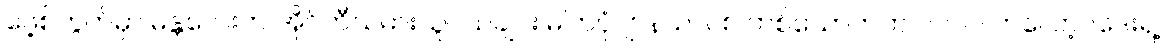
ဖေ့စ်ဘွတ်မှာ မန္တလေးက အိုင်တီသမားသူငယ်ချင်း ဓါတ်ပုံဂျာနယ်လစ် တစ်ယောက်က ၂၀၁၀ ဘလော့ဂ်ဒေးရဲ့